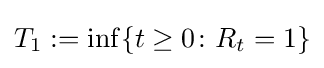
T_{1}:=\inf\{t\geq 0\colon R_{t}=1\}